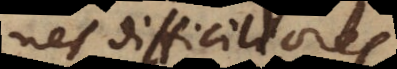
nes difficiliores